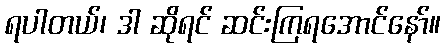
ရပါတယ်၊ ဒါ ဆိုရင် ဆင်းကြရအောင်နော်။